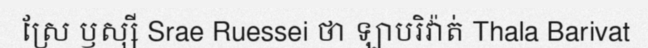
ស្រែ ឫស្សី Srae Ruessei ថា ឡាបរិវ៉ាត់ Thala Barivat